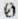
0